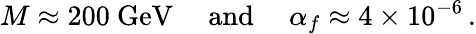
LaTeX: M\approx 200~\mathrm{GeV\quad\ and}\quad\ \alpha_{f}\approx 4\times 10^{-6}\, .